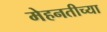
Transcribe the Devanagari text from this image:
मेहनतीच्या